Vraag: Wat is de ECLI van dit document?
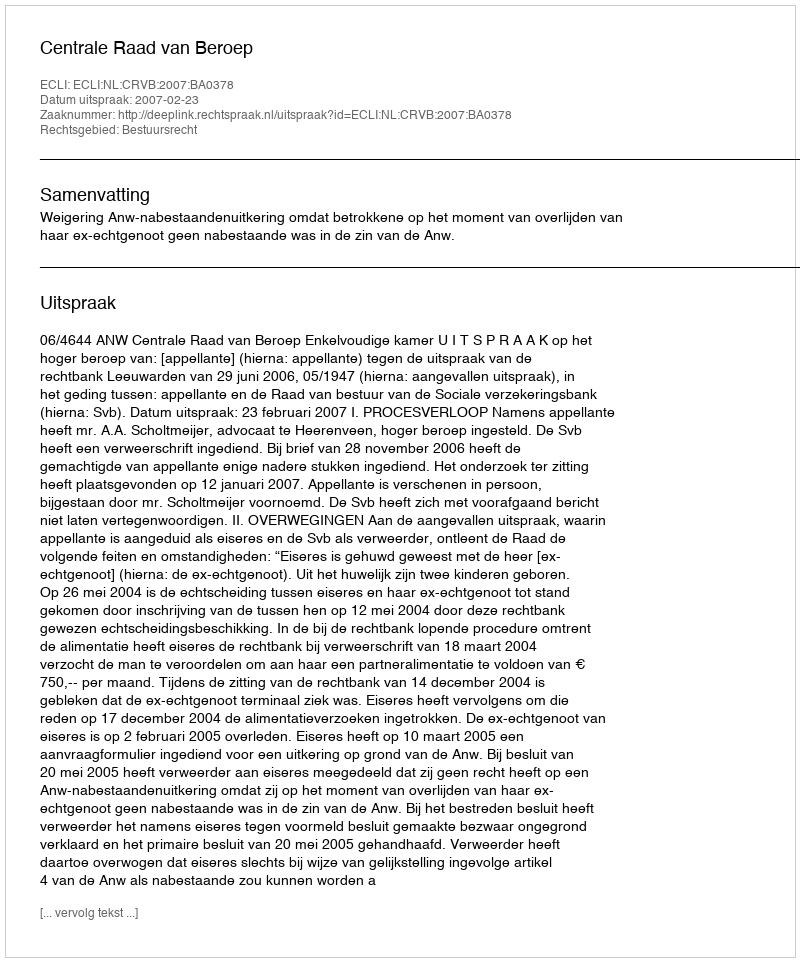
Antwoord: ECLI:NL:CRVB:2007:BA0378